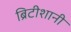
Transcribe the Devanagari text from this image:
ब्रिटीशानी